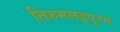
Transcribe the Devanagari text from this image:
तिरुमलइपुरम